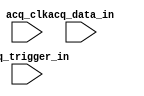

module stp (
	acq_data_in,
	acq_trigger_in,
	acq_clk);	

	input	[4:0]	acq_data_in;
	input	[0:0]	acq_trigger_in;
	input		acq_clk;
endmodule